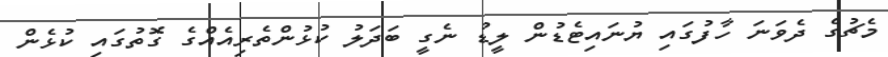
މެޗުގެ ދެވަނަ ހާފުގައި ޔުނައިޓެޑުން ލީޑު ނެގީ ބަދަލު ކުޅުންތެރިއެއްގެ ގޮތުގައި ކުޅެން